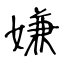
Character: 嫌